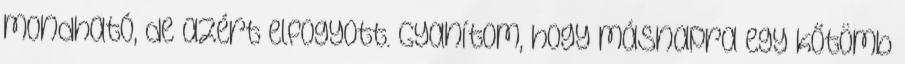
mondható, de azért elfogyott. Gyanítom, hogy másnapra egy kőtömb